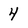
Character: 4